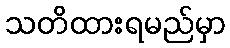
သတိထားရမည်မှာ